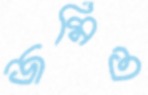
জমিত